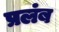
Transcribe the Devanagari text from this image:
प्रलंब